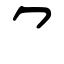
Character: ⺈